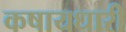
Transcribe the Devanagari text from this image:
कषायधारी